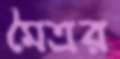
মৈত্রর